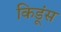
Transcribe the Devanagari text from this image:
किडूंस